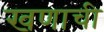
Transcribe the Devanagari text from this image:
खणाची